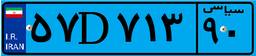
۷۰D۴۴۳۱۳